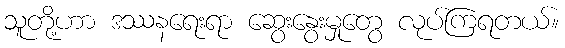
သူတို့ဟာ ဒဿနရေးရာ ဆွေးနွေးမှုတွေ လုပ်ကြရတယ်။